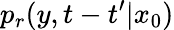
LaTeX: p_{r}(y,t-t^{\prime}|x_{0})